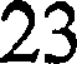
23